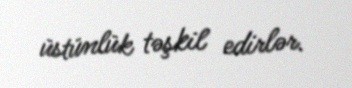
üstünlük təşkil edirlər.